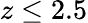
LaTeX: z\leq 2.5